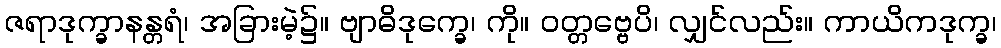
ဇရာဒုက္ခာနန္တရံ၊ အခြားမဲ့၌။ ဗျာဓိဒုက္ခေ၊ ကို။ ဝတ္တဗ္ဗေပိ၊ လျှင်လည်း။ ကာယိကဒုက္ခ၊